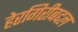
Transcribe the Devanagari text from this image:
हेरगिरीबद्दल